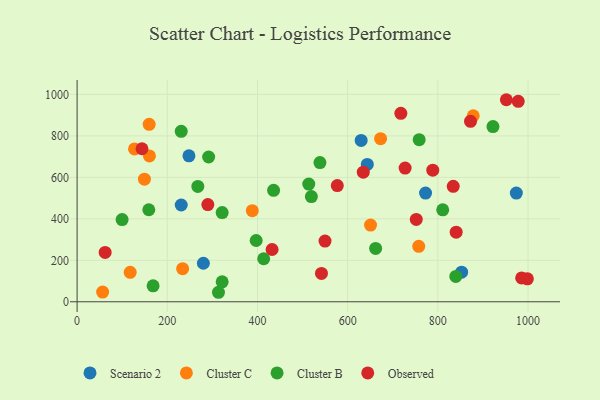
{"axis": {"x": "Study Hours", "y": "Salary"}, "legend": ["Cluster B", "Cluster C", "Observed", "Scenario 2"], "data": [{"x": "248.0", "y": 703.9, "type": "Scenario 2"}, {"x": "230.9", "y": 466.8, "type": "Scenario 2"}, {"x": "974.0", "y": 524.4, "type": "Scenario 2"}, {"x": "772.7", "y": 524.1, "type": "Scenario 2"}, {"x": "643.5", "y": 662.4, "type": "Scenario 2"}, {"x": "280.0", "y": 185.7, "type": "Scenario 2"}, {"x": "629.9", "y": 778.2, "type": "Scenario 2"}, {"x": "852.7", "y": 142.8, "type": "Scenario 2"}, {"x": "388.5", "y": 439.2, "type": "Cluster C"}, {"x": "234.0", "y": 159.4, "type": "Cluster C"}, {"x": "757.6", "y": 267.4, "type": "Cluster C"}, {"x": "160.4", "y": 703.3, "type": "Cluster C"}, {"x": "149.3", "y": 591.2, "type": "Cluster C"}, {"x": "878.4", "y": 897.0, "type": "Cluster C"}, {"x": "650.7", "y": 370.0, "type": "Cluster C"}, {"x": "56.6", "y": 46.6, "type": "Cluster C"}, {"x": "159.8", "y": 855.8, "type": "Cluster C"}, {"x": "673.0", "y": 786.4, "type": "Cluster C"}, {"x": "127.3", "y": 737.3, "type": "Cluster C"}, {"x": "117.7", "y": 142.0, "type": "Cluster C"}, {"x": "159.0", "y": 443.9, "type": "Cluster B"}, {"x": "538.5", "y": 671.1, "type": "Cluster B"}, {"x": "99.8", "y": 396.6, "type": "Cluster B"}, {"x": "230.9", "y": 821.8, "type": "Cluster B"}, {"x": "662.0", "y": 257.2, "type": "Cluster B"}, {"x": "810.8", "y": 443.2, "type": "Cluster B"}, {"x": "758.6", "y": 781.7, "type": "Cluster B"}, {"x": "397.1", "y": 295.6, "type": "Cluster B"}, {"x": "313.5", "y": 45.8, "type": "Cluster B"}, {"x": "839.8", "y": 122.3, "type": "Cluster B"}, {"x": "513.7", "y": 567.6, "type": "Cluster B"}, {"x": "267.7", "y": 556.1, "type": "Cluster B"}, {"x": "519.5", "y": 507.5, "type": "Cluster B"}, {"x": "168.5", "y": 76.7, "type": "Cluster B"}, {"x": "435.7", "y": 537.3, "type": "Cluster B"}, {"x": "291.7", "y": 698.2, "type": "Cluster B"}, {"x": "321.7", "y": 96.4, "type": "Cluster B"}, {"x": "413.8", "y": 207.4, "type": "Cluster B"}, {"x": "922.2", "y": 844.9, "type": "Cluster B"}, {"x": "321.7", "y": 430.4, "type": "Cluster B"}, {"x": "577.0", "y": 560.4, "type": "Observed"}, {"x": "998.5", "y": 110.7, "type": "Observed"}, {"x": "840.6", "y": 335.7, "type": "Observed"}, {"x": "432.4", "y": 252.2, "type": "Observed"}, {"x": "951.9", "y": 974.4, "type": "Observed"}, {"x": "717.9", "y": 909.0, "type": "Observed"}, {"x": "788.7", "y": 634.5, "type": "Observed"}, {"x": "834.1", "y": 557.0, "type": "Observed"}, {"x": "978.2", "y": 966.6, "type": "Observed"}, {"x": "985.8", "y": 115.1, "type": "Observed"}, {"x": "752.1", "y": 396.9, "type": "Observed"}, {"x": "727.4", "y": 644.8, "type": "Observed"}, {"x": "289.9", "y": 468.9, "type": "Observed"}, {"x": "541.9", "y": 136.7, "type": "Observed"}, {"x": "143.9", "y": 737.9, "type": "Observed"}, {"x": "872.4", "y": 870.2, "type": "Observed"}, {"x": "62.2", "y": 237.8, "type": "Observed"}, {"x": "549.8", "y": 292.9, "type": "Observed"}, {"x": "634.6", "y": 624.9, "type": "Observed"}]}